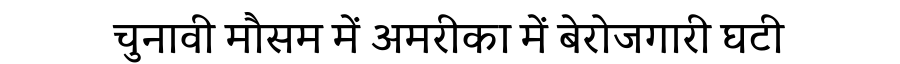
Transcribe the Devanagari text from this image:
चुनावी मौसम में अमरीका में बेरोजगारी घटी